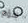
شؤم